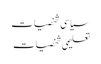
سیا سی شخصیات
تعلیمی شخصیات